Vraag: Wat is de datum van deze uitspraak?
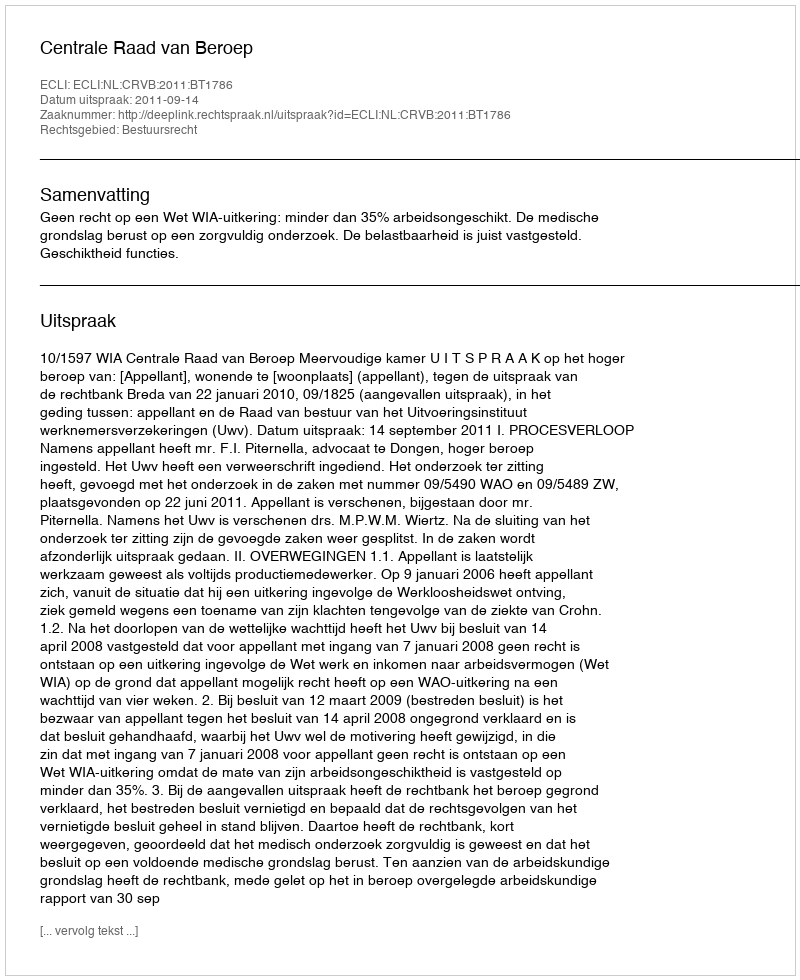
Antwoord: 2011-09-14